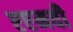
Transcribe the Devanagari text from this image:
एएमवी